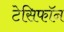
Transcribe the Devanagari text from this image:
टेसिफॉन